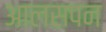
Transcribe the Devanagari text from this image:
आलसपन